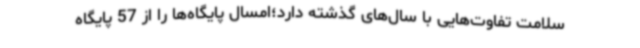
سلامت تفاوت‌هایی با سال‌های گذشته دارد؛امسال پایگاه‌ها را از 57 پایگاه